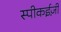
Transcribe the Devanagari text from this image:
स्पीकईज़ी